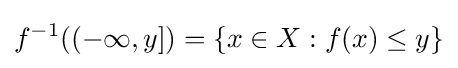
f^{-1}((-\infty ,y])=\{x\in X:f(x)\leq y\}